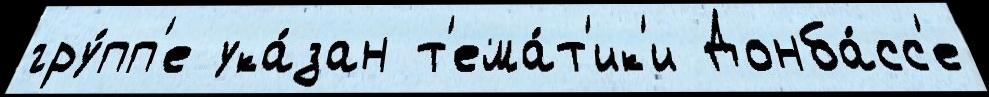
гру́пп'е ука́зан т'ема́т'ик'и Донба́сс'е